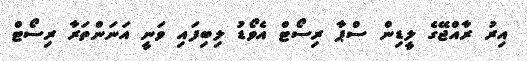
އިރު ރާއްޖޭގެ ލީޑިން ސްޕާ ރިސޯޓް އެވޯޑު ލިބިފައި ވަނީ އަނަންތަރާ ރިސޯޓް